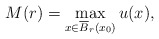
\begin{align*}M(r) = \max_{x\in \overline{B}_r(x_0)}u(x),\end{align*}